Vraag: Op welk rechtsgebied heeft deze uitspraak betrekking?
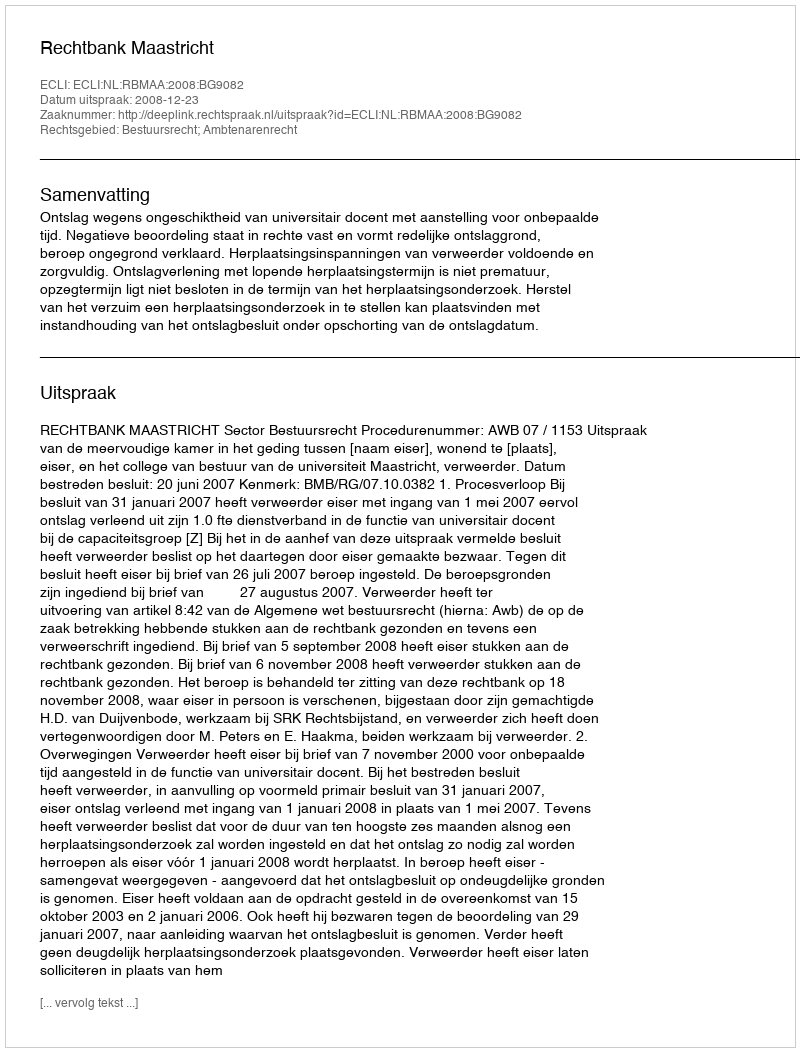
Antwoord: Bestuursrecht; Ambtenarenrecht